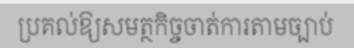
ប្រគល់ឱ្យសមត្ថកិច្ចចាត់ការតាមច្បាប់